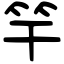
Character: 竿